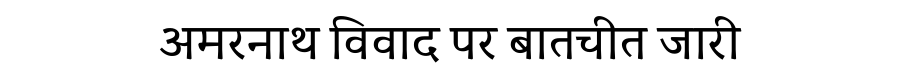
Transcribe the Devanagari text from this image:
अमरनाथ विवाद पर बातचीत जारी